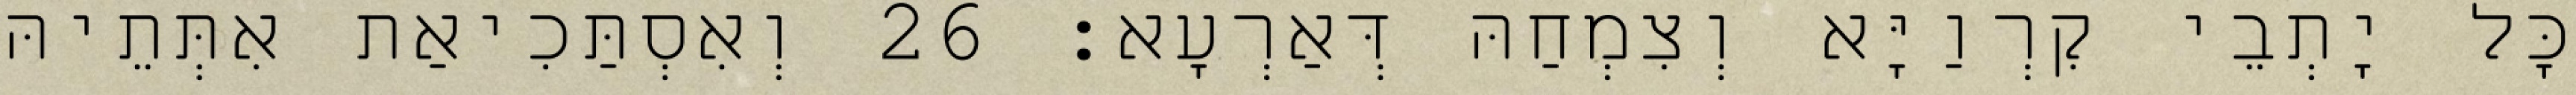
כָּל יָתְבֵי קִרְוַיָּא וְצִמְחַהּ דְּאַרְעָא׃ 26 וְאִסְתַּכִיאַת אִתְּתֵיהּ